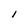
Character: 1